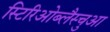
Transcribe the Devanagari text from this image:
स्टिरिओब्लैस्चुआ